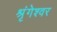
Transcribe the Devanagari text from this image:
श्रृंगेश्वर